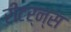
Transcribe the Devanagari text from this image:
रीटर्न्स